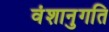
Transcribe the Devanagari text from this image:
वंशानुगति